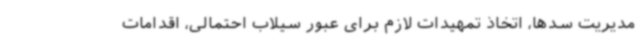
مدیریت سدها، اتخاذ تمهیدات لازم برای عبور سیلاب احتمالی، اقدامات